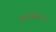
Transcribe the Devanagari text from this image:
दूरबीनता